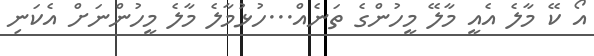
އޯ ކޭ މާލެ އެއީ މާލޭ މީހުންގެ ތަނެއް...ހުޅުމާލެ މާލެ މީހުންނަށް އެކަނި